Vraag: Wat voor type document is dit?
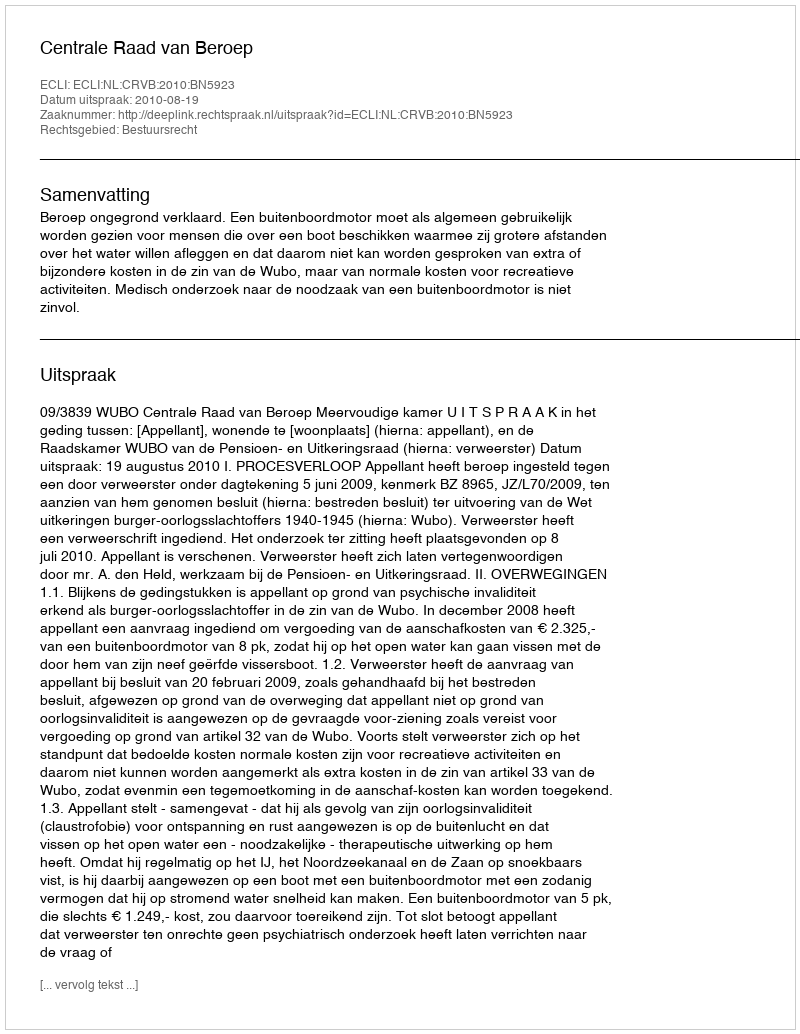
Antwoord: Uitspraak